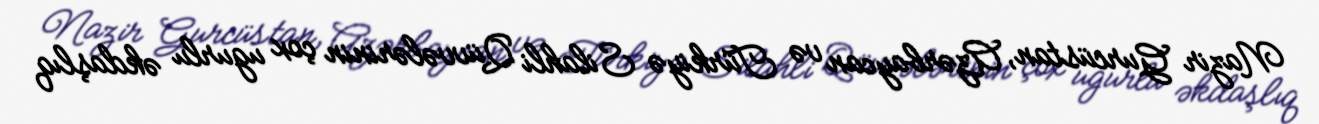
Nazir Gurcüstan, Azərbaycan və Türkiyə Silahli Qüvvələrinin çox ugurlu əkdaşlıq